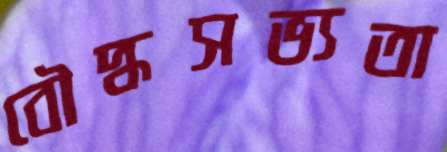
বৌদ্ধসভ্যতা